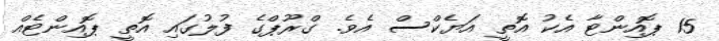
15 ޕޮއިންޓާ އެކު އޮތީ އަޔެކްސް އެވެ. ގްރޫޕްގެ ފުލުގައި އޮތީ ޕޮއިންޓެއް